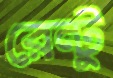
রেন্টু